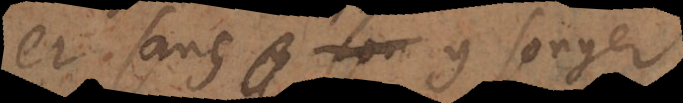
et sans y songer